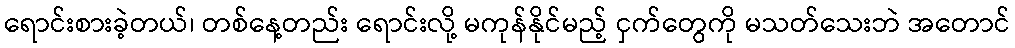
ရောင်းစားခဲ့တယ်၊ တစ်နေ့တည်း ရောင်းလို့ မကုန်နိုင်မည့် ငှက်တွေကို မသတ်သေးဘဲ အတောင်